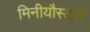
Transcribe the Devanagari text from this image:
मिनीयौस्टामें